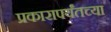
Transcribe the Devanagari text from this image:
प्रकारापर्यंतच्या